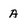
Character: A